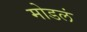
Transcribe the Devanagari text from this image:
मोडलं